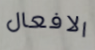
الافعال